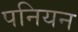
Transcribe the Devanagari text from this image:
पनियन